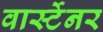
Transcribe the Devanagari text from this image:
वार्स्टेनर